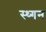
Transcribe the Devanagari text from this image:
स्थ्गन